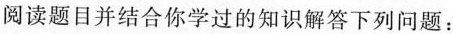
阅读题目并结合你学过的知识解答下列问题：